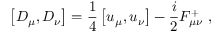
\left[ D _ { \mu } , D _ { \nu } \right] = \frac { 1 } { 4 } \left[ u _ { \mu } , u _ { \nu } \right] - \frac { i } { 2 } F _ { \mu \nu } ^ { + } ~ ,